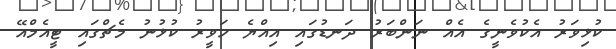
ކުޅިވަރު އެކުވެނީގެ އެއް ނަންބަރު ދަނޑުގައި އިއްޔެ ހަވީރު ކުޅުނު މެޗްގައި ޓީއެމްއޭ